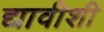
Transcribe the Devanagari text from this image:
द्यावीशी